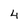
Character: 4